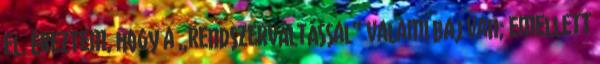
el. Éreztem, hogy a „rendszerváltással” valami baj van; emellett